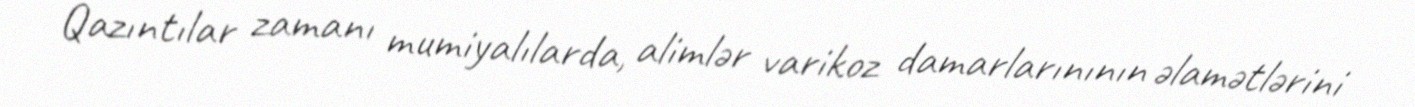
Qazıntılar zamanı mumiyalılarda, alimlər varikoz damarlarınının əlamətlərini